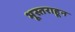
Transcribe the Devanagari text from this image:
भूस्तराहून